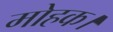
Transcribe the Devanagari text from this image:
मोहक।